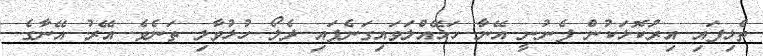
ތެޅިފައި އިރުކޮޅަކުން ފެނުނީ އޭނާ ހަޅޭއްލަވައިގަނެފައި ދެލޯ ހުޅުވާލި ތަނެވެ. އޭރު އޭނާގެ